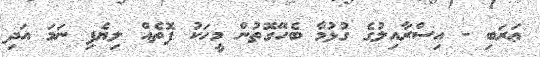
ޢަރަބި - އިސްރާއިލުގެ ގުޅުމާ ބެހޭގޮތުން މީހަކު ފޮތެއް ލިޔެފި ނަމަ އަދި